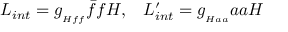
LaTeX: { \cal L } _ { i n t } = g _ { { } _ { H f f } } \bar { f } f H , \, \, \, \, \, { \cal L } _ { i n t } ^ { \prime } = g _ { { } _ { H a a } } a a H